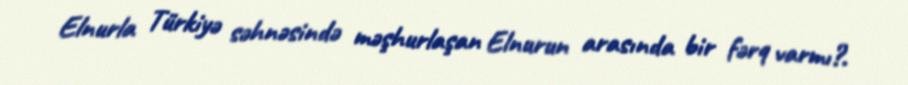
Elnurla Türkiyə səhnəsində məşhurlaşan Elnurun arasında bir fərq varmı?.